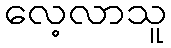
လေ့လာသူ